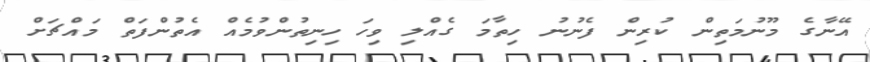
އޭނާގެ މޫނުމަތިން ކުރިން ފެނުނު ހިތާމަ ގެއްލި ވިހަ ހިނިތުންވުމެއް އެތުންފަތް މައްޗަށް